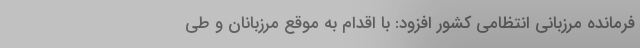
فرمانده مرزبانی انتظامی کشور افزود: با اقدام به موقع مرزبانان و طی